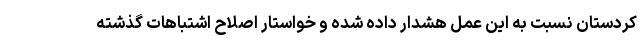
کردستان نسبت به این عمل هشدار داده شده و خواستار اصلاح اشتباهات گذشته